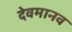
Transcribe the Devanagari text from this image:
देवमानव